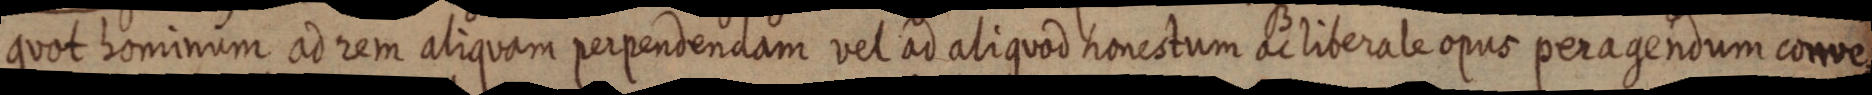
quot hominum ad rem aliquam perpendendam vel ad aliquod honestum ac liberale opus peragendum conve